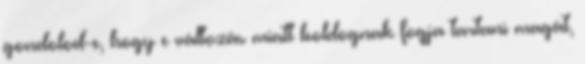
gondolod-e, hogy e változás miatt boldognak fogja tartani magát,